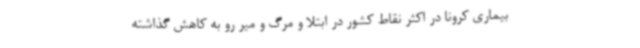
بیماری کرونا در اکثر نقاط کشور در ابتلا و مرگ و میر رو به کاهش گذاشته